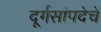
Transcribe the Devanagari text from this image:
दूर्गसांपदेचे